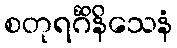
စတုရင်္ဂိနိသေနံ